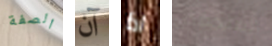
الصفة آن اذا المنخفض